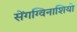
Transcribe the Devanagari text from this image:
सेंगग्विनाशियो